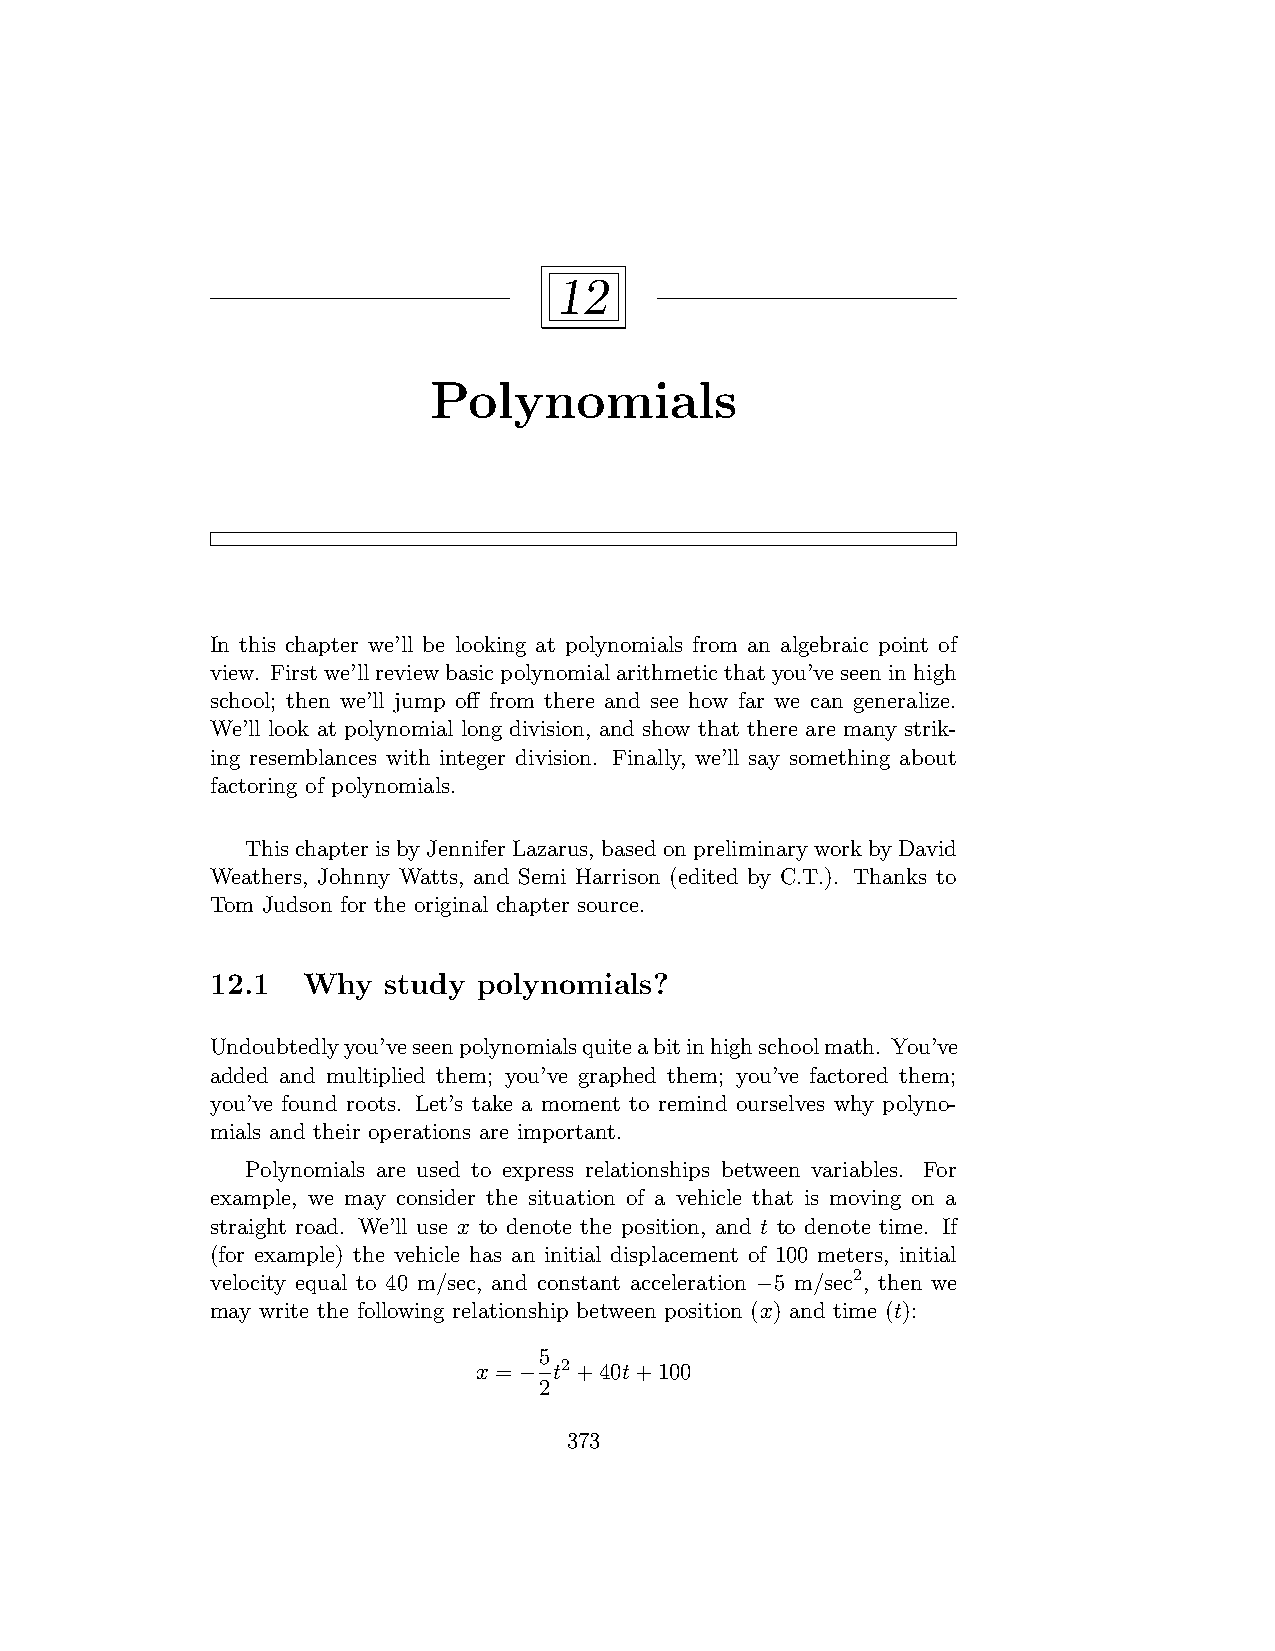
12
 Polynomials
 In this chapter we’ll be looking at polynomials from an algebraic point of
 view. Firstwe’llreviewbasicpolynomialarithmeticthatyou’veseeninhigh
 school; then we’ll jump off from there and see how far we can generalize.
 We’ll look at polynomial long division, and show that there are many strik-
 ing resemblances with integer division. Finally, we’ll say something about
 factoring of polynomials.
 ThischapterisbyJenniferLazarus, basedonpreliminaryworkbyDavid
 Weathers, Johnny Watts, and Semi Harrison (edited by C.T.). Thanks to
 Tom Judson for the original chapter source.
 12.1  Why  study  polynomials?
 Undoubtedlyyou’veseenpolynomialsquiteabitinhighschoolmath. You’ve
 added and multiplied them; you’ve graphed them; you’ve factored them;
 you’ve found roots. Let’s take a moment to remind ourselves why polyno-
 mials and their operations are important.
 Polynomials are used to express relationships between variables. For
 example, we may consider the situation of a vehicle that is moving on a
 straight road. We’ll use x to denote the position, and t to denote time. If
 (for example) the vehicle has an initial displacement of 100 meters, initial
 velocity equal to 40 m/sec, and constant acceleration −5 m/sec2, then we
 may write the following relationship between position (x) and time (t):
 5
 x = − t2+40t+100
 2
 373